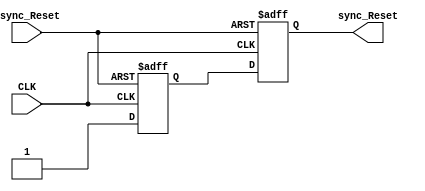
module RST_SYNC #(parameter NUM_Stages = 2) (
    // input & output ports
    input  wire             CLK, 
    input  wire             Async_Reset,
    output reg              sync_Reset
);

reg  [NUM_Stages-2:0] flops_out;

integer i;

always @(posedge CLK, negedge Async_Reset) begin
    if (!Async_Reset) begin

        for (i = 0; i<(NUM_Stages-1); i=i+1) begin
        flops_out[i] <= 0;
        end
        sync_Reset <= 0;

    end
    else begin

        flops_out[0] <= 1'b1;
        for (i = 1; i<(NUM_Stages-1); i=i+1) begin
            flops_out[i] <= flops_out[i-1];
        end
        sync_Reset <= flops_out [NUM_Stages-2];

    end
    
end
    
endmodule